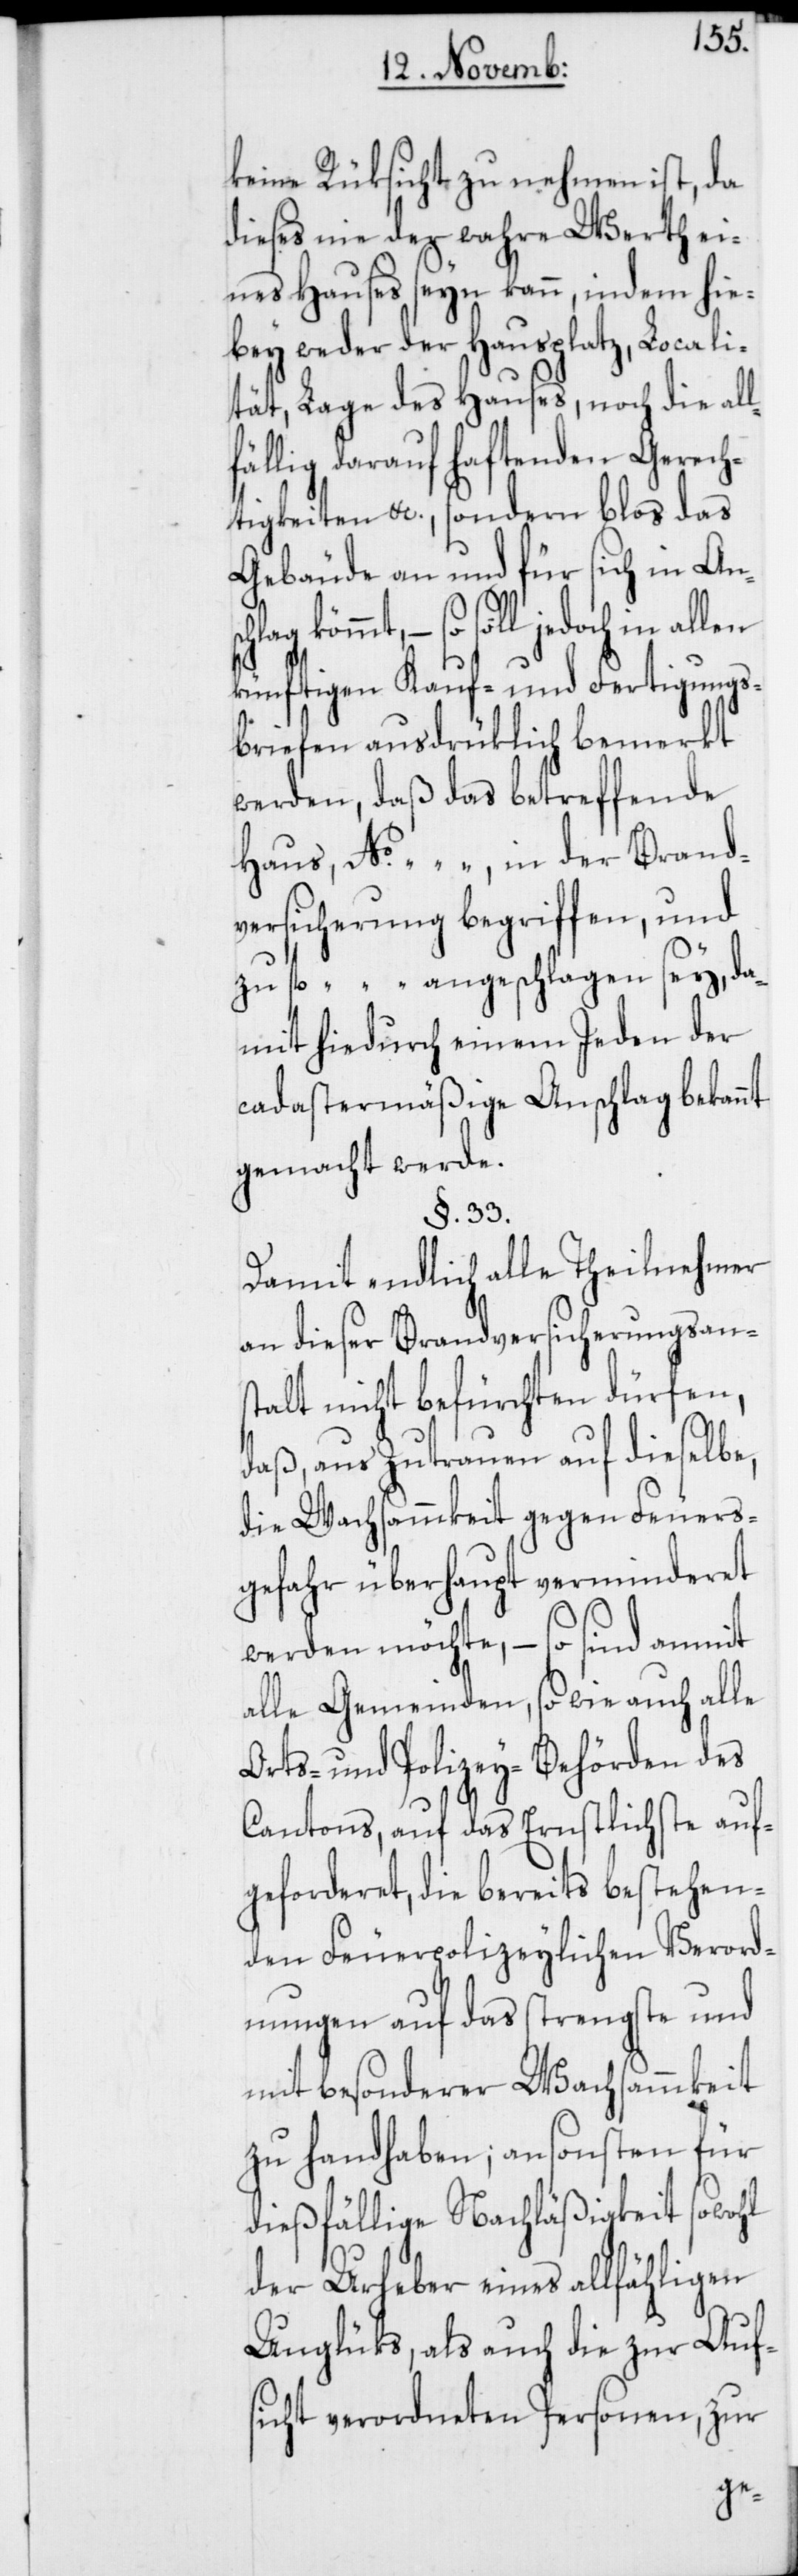
keine Rüksicht zu nehmen ist, da
dieses nie der wahre Werth ei¬
nes Hauses seyn kann, indem hie¬
bey weder der Hausplatz, Locali¬
tät, Lage des Hauses, noch die all¬
fällig darauf haftenden Gerech¬
tigkeiten etc., sondern blos das
Gebäude an und für sich in Ansc¬
hlag kömmt, – so soll jedoch in allen
künftigen Kauf- und Fertigungs¬
briefen ausdrüklich bemerkt
werden, daß das betreffende
Haus, No …, in der Brand¬
versicherung begriffen, und
zu fl. … angeschlagen sey, da¬
mit hiedurch einem Jeden der
cadastermäßige Anschlag bekannt
gemacht werde.
§. 33.
Damit endlich alle Theilnehmer
an dieser Brandversicherungsans¬
talt nicht befürchten dürfen,
daß, aus Zutrauen auf dieselbe,
die Wachsammkeit gegen Feuers¬
gefahr überhaupt verminderet
werden möchte, – so sind anmit
alle Gemeinden, so wie auch alle
Orts- und Polizey-Behörden des
Cantons, auf das Ernstlichste auf¬
geforderet, die bereits bestehen¬
den Feuerpolizeylichen Verord¬
nungen auf das strengste und
mit besonderer Wachsammkeit
zu handhaben; ansonsten für
dießfällige Nachläßigkeit sowohl
der Urheber eines allfähligen
Unglüks, als auch die zur Aufs¬
icht verordneten Personen, zur